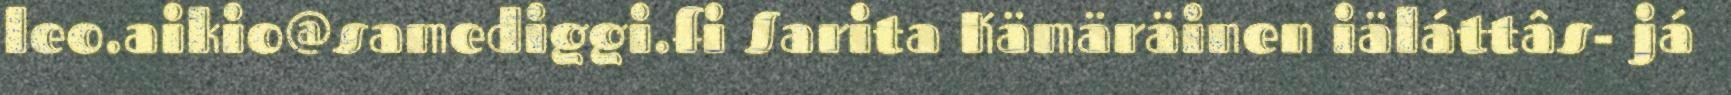
leo.aikio@samediggi.fi Sarita Kämäräinen iäláttâs- já